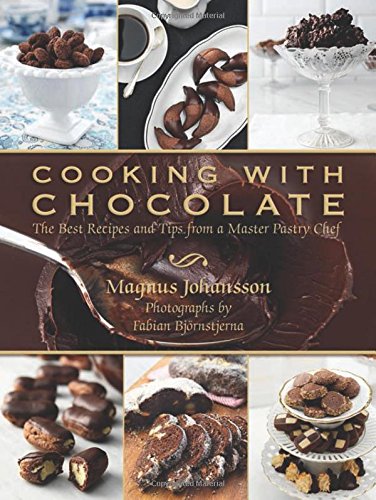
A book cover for Cooking with Chocolate: The Best Recipes and Tips from a Master Pastry Chef; Magnus Johansson; Cookbooks, Food & Wine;